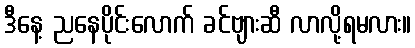
ဒီနေ့ ညနေပိုင်းလောက် ခင်ဗျားဆီ လာလို့ရမလား။